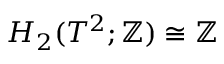
H _ { 2 } ( T ^ { 2 } ; \mathbb { Z } ) \cong \mathbb { Z }